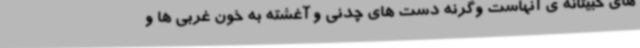
های خبیثانه ی آنهاست وگرنه دست های چدنی و آغشته به خون غربی ها و